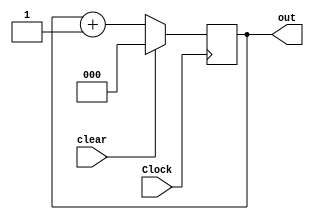
module Counter(
    input Clock,
    input clear,
    output reg [2:0] out);
    
    initial out = 0;

    always@ (posedge Clock)
        begin 
        if(clear)
            out <= 3'd0;
        else
            out <= out + 3'd1;
    end
endmodule